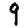
Digit: 9